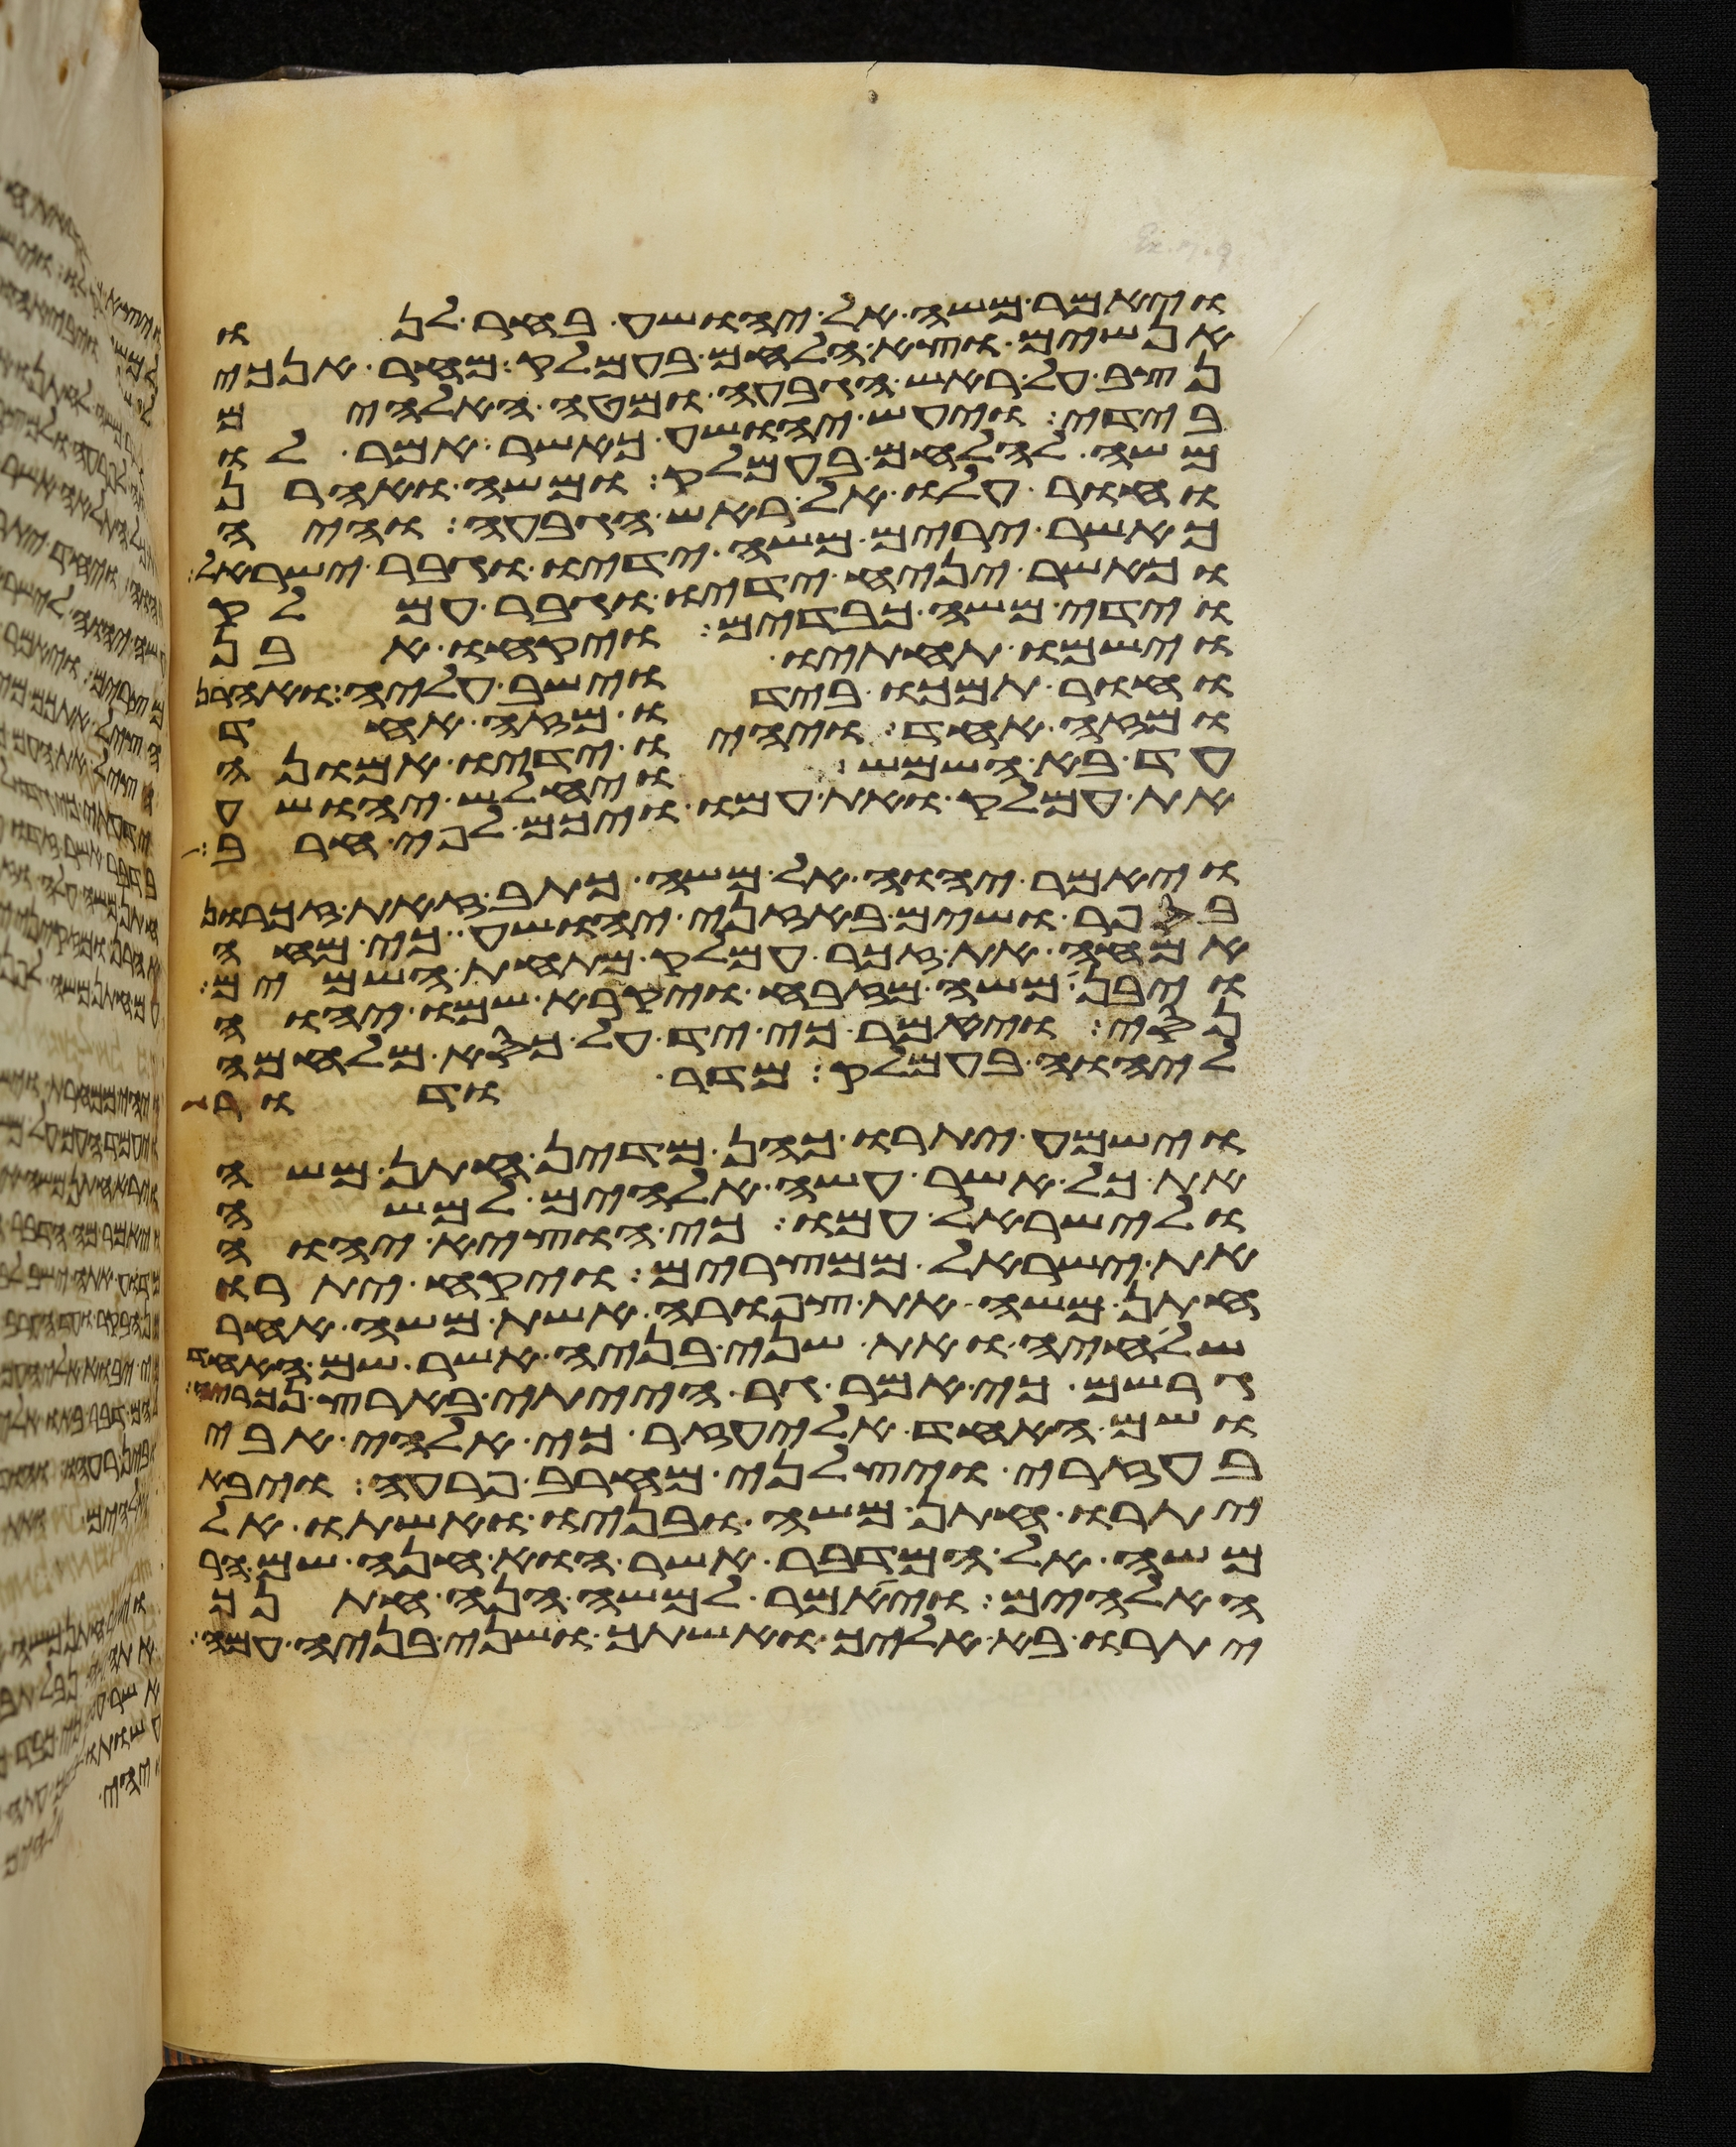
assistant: ויאמר משה ליהושע בחר לנו
אנשים וצא הלחם בעמלק מחר אנכי
נצב על ראש הגבעה ומטה האלהים
בידי ויעש יהושע כאשר אמר לו
משה להלחם בעמלק ומשה ואהרן
וחור עלו אל ראש הגבעה והיה
כאשר ירים משה ידיו וגבר ישראל
וכאשר יניח ידיו וגבר עמלק
וידי משה כבדים ויקחו אבן
וישמו תחתיו וישב עליה ואהרן
וחור תמכו בידיו מזה אחד
ומזה אחד ויהיו ידיו אמונה
עד בא השמש ויחלש יהושע
את עמלק ואת עמו ויכם לפי חרב
ויאמר יהוה אל משה כתב זאת זכרון
בספר ושים באזני יהושע כי מחה
אמחה את זכר עמלק מתחת השמים
ויבן משה מזבח ויקרא שמו יהוה
נסי ויאמר כי יד על כסא מלחמה
ליהוה בעמלק מדר ודר
וישמע יתרו כהן מדין חתן משה
את כל אשר עשה אלהים למשה
ולישראל עמו כי הוציא יהוה
את ישראל ממצרים ויקח יתרו
חתן משה את צפורה אשת משה אחר
שלחיה ואת שני בניה אשר שם האחד
גרשם כי אמר גר הייתי בארץ נכריה
ושם האחד אליעזר כי אלהי אבי
בעזרי ויצלני מחרב פרעה ויבא
יתרו חתן משה ובניו ואשתו אל
משה אל המדבר אשר הוא חנה שם הר
האלהים ויאמר למשה הנה חתנך
יתרו בא אליך ואשתך ושני בניה עמה